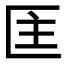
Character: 𭅘